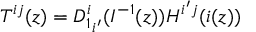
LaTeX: T ^ { i j } ( z ) = { D _ { 1 } ^ { i } } _ { i ^ { \prime } } ( I ^ { - 1 } ( z ) ) H ^ { i ^ { \prime } j } ( i ( z ) )